Medical and sanitary report of the native army of Madras for the year
Year: 1877
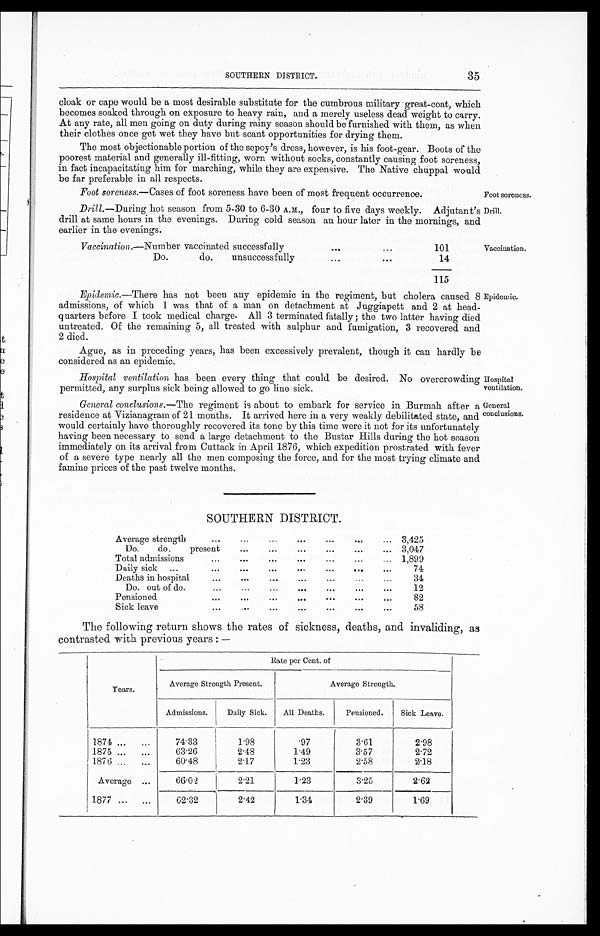
SOUTHERN DISTRICT.
35
cloak or cape would be a most desirable substitute for the cumbrous military great-coat, which
becomes soaked through on exposure to heavy rain, and a merely useless dead weight to carry.
At any rate, all men going on duty during rainy season should be furnished with them, as when
their clothes once get wet they have but scant opportunities for drying them.
The most objectionable portion of the sepoy's dress, however, is his foot-gear. Boots of the
poorest material and generally ill-fitting, worn without socks, constantly causing foot soreness,
in fact incapacitating him for marching, while they are expensive. The Native chuppal would
be far preferable in all respects.
Foot soreness. —Cases of foot soreness have been of most frequent occurrence.
Foot soreness.
Drill. —During hot season from 5-30 to 6-30 A.M., four to five days weekly. Adjutant's Dril
drill at same hours in the evenings. During cold season an hour later in the mornings, and
earlier in the evenings.
Vaccination. —Number vaccinated successfully
101
Do. do. unsuccessfully
14
115
Vaccination.
Epidemic.—There has not been any epidemic in the regiment, but cholera caused
8 admissions, of which 1 was that of a man on detachment at Juggiapett and 2 at head
-quarters before I took medical charge. All 3 terminated fatally; the two latter having died
untreated. Of the remaining 5, all treated with sulphur and fumigation, 3 recovered and
2 died.
Ague, as in preceding years, has been excessively prevalent, though it can hardly be
considered as an epidemic.
Hospital ventilation has been every thing that could be desired. No overcrowding
permitted, any surplus sick being allowed to go line sick.
Epide mic.
Hospital
ventilation.
General conclusions. —The regiment is about to embark for service in Burmah after a
residence at Vizianagram of 21 months. It arrived here in a very weakly debilitated state, and
would certainly have thoroughly recovered its tone by this time were it not for its unfortunately
having been necessary to send a large detachment to the Bustar Hills during the hot season
immediately on its arrival from Cuttack in April 1876, which expedition prostrated with fever
of a severe type nearly all the men composing the force, and for the most trying climate and
famine prices of the past twelve months.
SOUTHERN DISTRICT.
Average strength
3,425
Do. do. present
3,047
Total admissions
1,899
Daily sick
74
Deaths in hospital
34
Do. out of do.
12
Pensioned
82
Sick leave
58
The following return shows the rates of sickness, deaths, and invaliding, as
contrasted with previous years:—
Years.
Rate per Cent. of
Average Strength Present.
Average Strength.
Admissions.
Daily Sick.
All Deaths.
Pensioned.
Sick Leave.
1874
74·33
1·98
·97
3·61
2·98
1 8 7 5
63·26
2·48
1·49
3·57
2·72
1876
60·48
2· 17
1·23
2·58
2·18
Average
66·02
2·91
1·23
3·25
2·62
1877
62·32
2·42
1·34
2·39
1·69
General
conclusions.